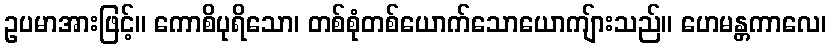
ဥပမာအားဖြင့်။ ကောစိပုရိသော၊ တစ်စုံတစ်ယောက်သောယောကျ်ားသည်။ ဟေမန္တကာလေ၊